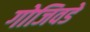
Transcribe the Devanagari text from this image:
गोजिवडे